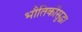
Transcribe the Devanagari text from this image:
भौतिकीसुद्धा